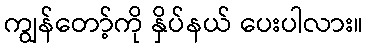
ကျွန်တော့်ကို နှိပ်နယ် ပေးပါလား။